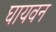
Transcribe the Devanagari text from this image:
घायवन